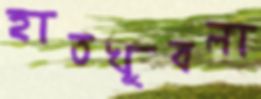
হাতখুবলা